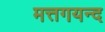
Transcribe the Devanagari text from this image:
मत्तगयन्द